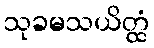
သုခမသယိတ္ထံ